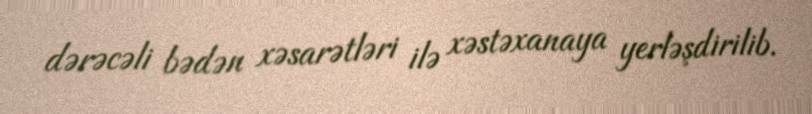
dərəcəli bədən xəsarətləri ilə xəstəxanaya yerləşdirilib.